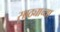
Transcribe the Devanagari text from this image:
साठ्याच्या